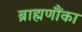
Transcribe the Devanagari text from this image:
ब्राह्मणौंका